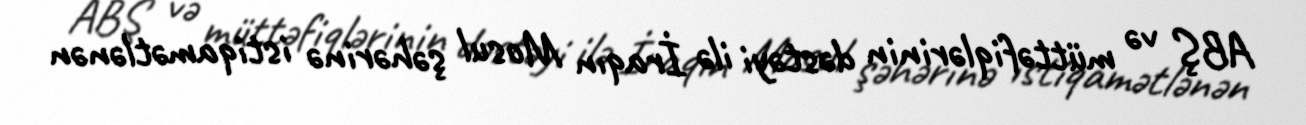
ABŞ və müttəfiqlərinin dəstəyi ilə İraqın Mosul şəhərinə istiqamətlənən